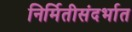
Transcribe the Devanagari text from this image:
निर्मितीसंदर्भात